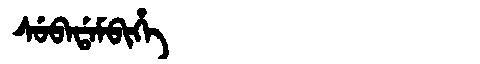
Manchu: ᠰᡠᠪᠠᡩᠠᠮᠪᡳᡥᡝ
Romanization: SUBADAMBIHE